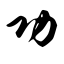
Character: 功